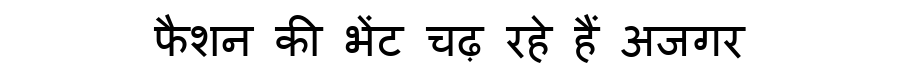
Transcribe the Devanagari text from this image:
फैशन की भेंट चढ़ रहे हैं अजगर